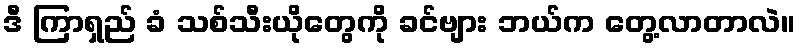
ဒီ ကြာရှည် ခံ သစ်သီးယိုတွေကို ခင်ဗျား ဘယ်က တွေ့လာတာလဲ။